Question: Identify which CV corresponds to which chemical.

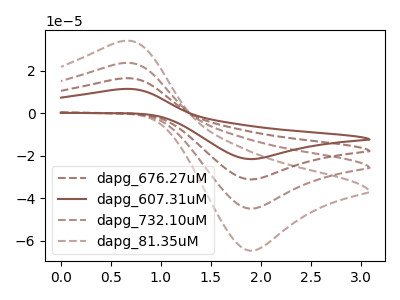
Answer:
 <answer>The brown dashed curve is labeled "dapg_676.27uM". The brown curve is labeled "dapg_607.31uM". The brown dashed curve is labeled "dapg_732.10uM". The brown dashed curve is labeled "dapg_81.35uM".</answer>
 <eval></eval>